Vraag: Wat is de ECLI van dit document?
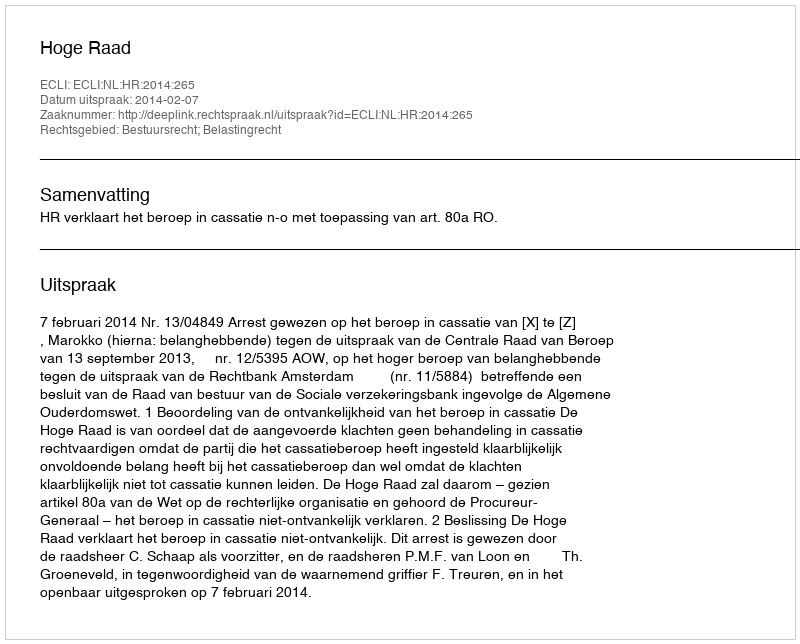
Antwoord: ECLI:NL:HR:2014:265